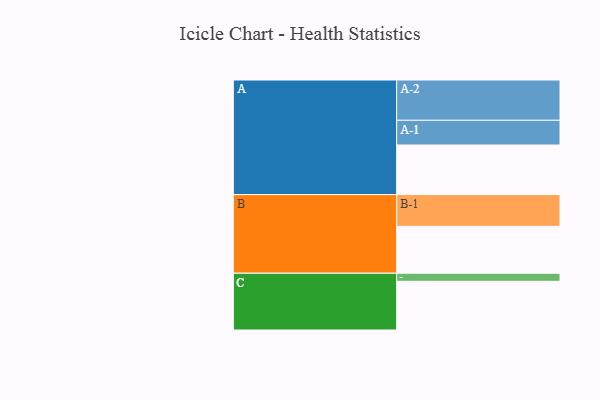
{"axis": {"x": "Segment", "y": "Value"}, "legend": ["", "A", "B", "C"], "data": [{"x": "A", "y": 331, "type": ""}, {"x": "B", "y": 313, "type": ""}, {"x": "C", "y": 325, "type": ""}, {"x": "A-1", "y": 165, "type": "A"}, {"x": "A-2", "y": 269, "type": "A"}, {"x": "B-1", "y": 212, "type": "B"}, {"x": "C-1", "y": 54, "type": "C"}]}